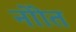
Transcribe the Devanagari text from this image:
नोाेत